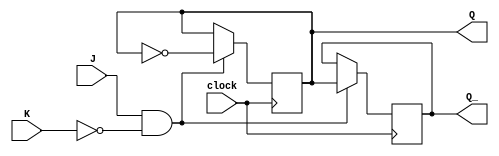
module JK_flipflop(
    input J,
    input K,
    input clock,
    output reg Q,
    output reg Q_
);

always @(posedge clock) begin
    if(J && !K) begin
        Q <= ~Q;
        Q_ <= Q;
    end else if(J && K) begin
        // Do nothing, stay in current state
    end
end

endmodule